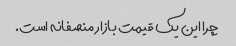
چرا این یک قیمت بازار منصفانه است.